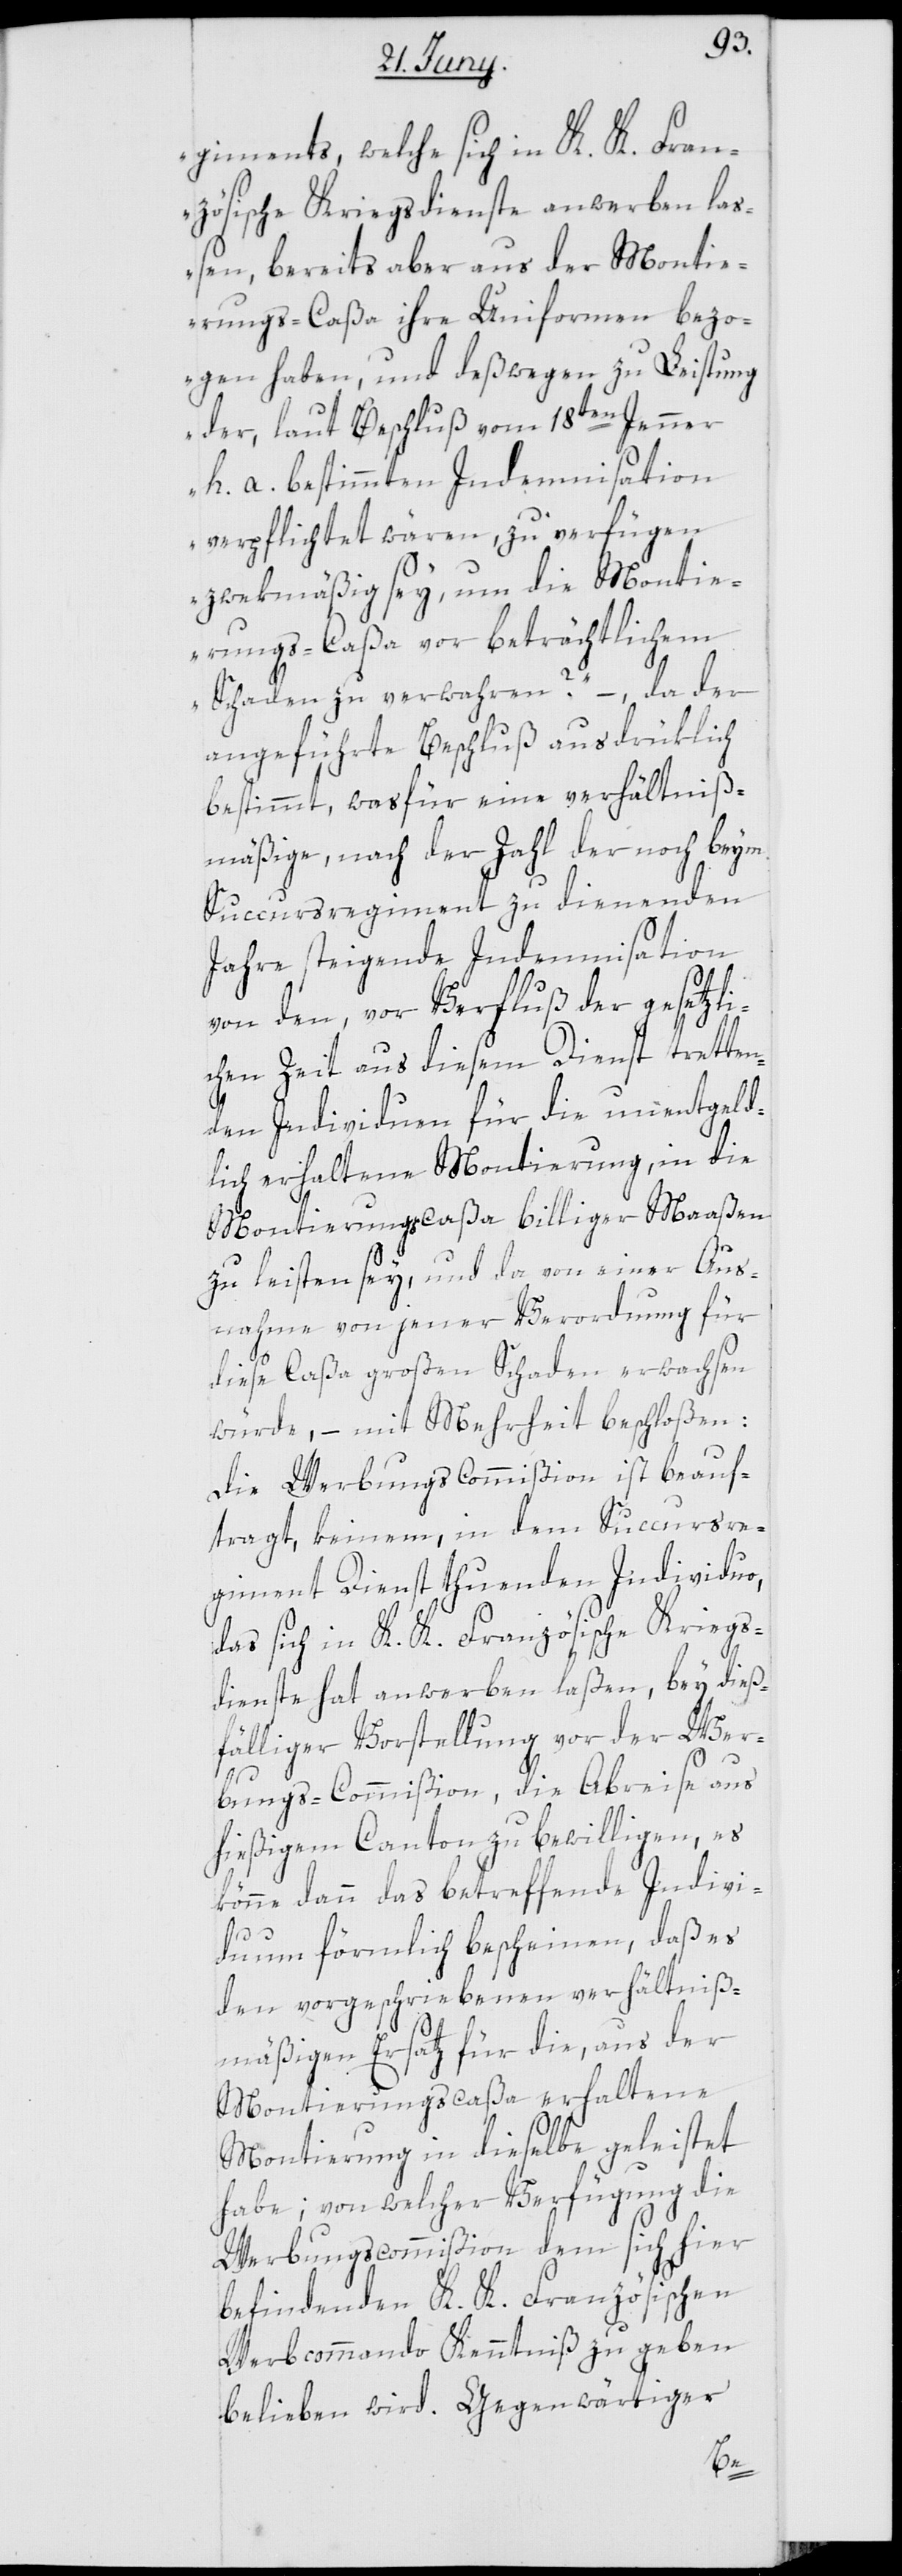
giments, welche sich in K. K. Fran¬
zösische Kriegsdienste anwerben laß¬
en, bereits aber aus der Monti¬
erungs-Caßa ihre Uniformen bezo¬
gen haben, und deßwegen zu Leistung
der, laut Beschluß vom 18ten Jenner
h. a. bestimmten Indemnisation
verpflichtet wären, zu verfügen
zwekmäßig sey, um die Monti¬
erungs-Caßa vor beträchtlichem
Schaden zu verwahren?“ – da der
angeführte Beschluß ausdrüklich
bestimmt, was für eine verhältniß¬
mäßige, nach der Zahl der noch beym
Succursregiment zu dienenden
Jahre steigende Indemnisation
von den, vor Verfluß der gesetzli¬
chen Zeit aus diesem Dienst tretten¬
den Individuen für die unentgeld¬
lich erhaltene Montierung, in die
Montierungscaßa billiger Maaßen
zu leisten sey, und da von einer Aus¬
nahme von jener Verordnung für
diese Caßa großen Schaden erwachsen
würde, – mit Mehrheit beschloßen:
Die Werbungscommißion ist beauf¬
tragt, keinem, in dem Succursre¬
giment Dienst thuenden Individuo,
das sich in K. K. Französische Kriegs¬
dienste hat anwerben laßen, bey dieß¬
fälliger Vorstellung vor der Wer¬
bungs-Commißion, die Abreise aus
hießigem Canton zu bewilligen, es
könne dann das betreffende Indivi¬
duum förmlich bescheinen, daß es
den vorgeschriebenen verhältniß¬
mäßigen Ersatz für die, aus der
Montierungscaßa erhaltene
Montierung in dieselbe geleistet
habe; von welcher Verfügung die
Werbungscommißion dem sich hier
befindenden K. K. Französischen
Werbkommando Kenntniß zu geben
belieben wird. Gegenwärtiger